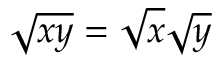
{ \sqrt { x y } } = { \sqrt { x } } { \sqrt { y } }